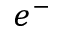
e ^ { - }